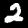
Label: 2